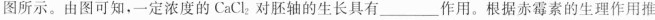
图所示。由图可知，一定浓度的CaCl_{2}对胚轴的生长具有___作用。根据赤霉素的生理作用推